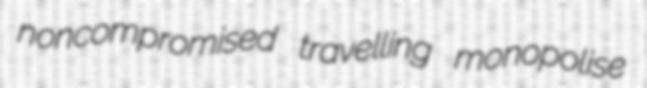
noncompromised travelling monopolise